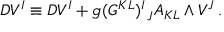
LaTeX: D V ^ { I } \equiv { \cal D } V ^ { I } + g ( G ^ { K L } ) _ { ~ J } ^ { I } A _ { K L } \wedge V ^ { J } \, .